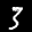
Label: 3